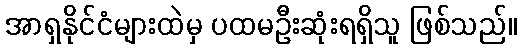
အာရှနိုင်ငံများထဲမှ ပထမဦးဆုံးရရှိသူ ဖြစ်သည်။